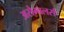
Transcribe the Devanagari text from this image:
असेम्बलर्स